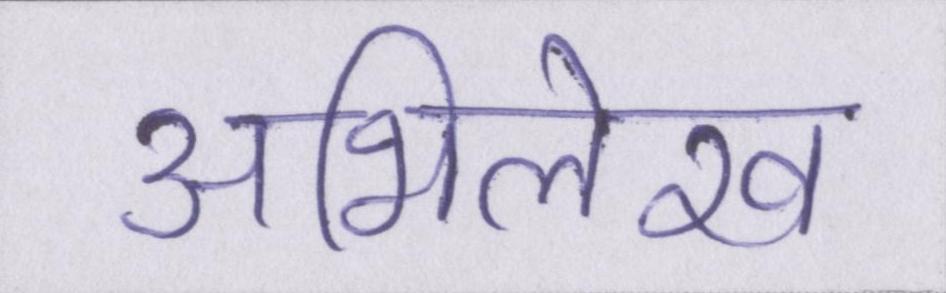
अभिलेख